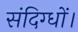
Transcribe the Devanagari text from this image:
संदिग्धों।